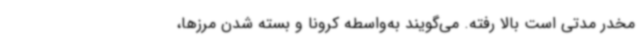
مخدر مدتی است بالا رفته. می‌گویند به‌واسطه کرونا و بسته شدن مرزها،